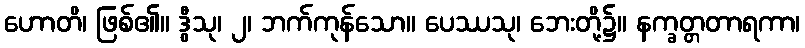
ဟောတိ၊ ဖြစ်၏။ ဒွီသု၊ ၂၊ ဘက်ကုန်သော။ ပေဿသု၊ ဘေးတို့၌။ နက္ခတ္တတာရကာ၊